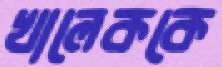
খালেককে